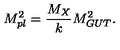
M _ { p l } ^ { 2 } = { \frac { M _ { X } } { \displaystyle { k } } } M _ { G U T } ^ { 2 } . \,